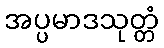
အပ္ပမာဒသုတ္တံ